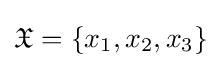
{\mathfrak {X}}=\{x_{1},x_{2},x_{3}\}